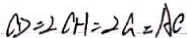
C D = \angle C H = \angle a = A C